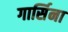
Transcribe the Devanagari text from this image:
गार्सिना